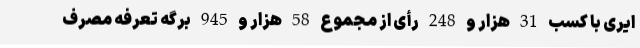
ایری با کسب 31 هزار و 248 رأی از مجموع 58 هزار و 945 برگه تعرفه مصرف